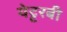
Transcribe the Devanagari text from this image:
येट्टरबी